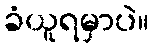
ခံယူရမှာပဲ။